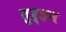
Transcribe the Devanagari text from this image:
तुर्हन